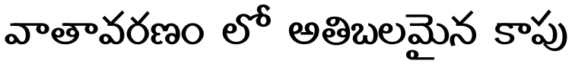
వాతావరణం లో అతిబలమైన కాపు